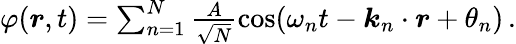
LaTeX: \begin{array}{r}{\varphi(\boldsymbol{r},t)=\sum_{n=1}^{N}\frac{A}{\sqrt{N}}\cos(\omega_{n}t-\boldsymbol{k}_{n}\cdot\boldsymbol{r}+\theta_{n})\, .}\end{array}